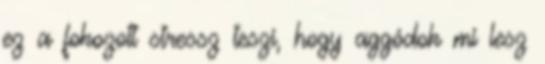
ez a fokozott stressz teszi, hogy aggódok mi lesz